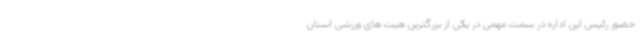
حضور رئیس این اداره در سمت مهمی در یکی از بزرگترین هیت های ورزشی استان